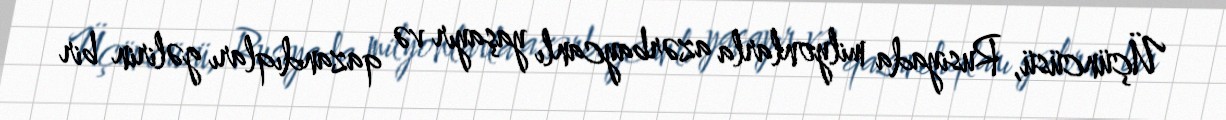
Üçüncüsü, Rusiyada milyonlarla azərbaycanlı yaşayır və qazandıqları gəlirin bir